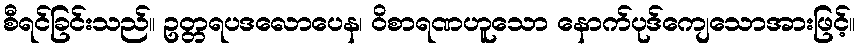
စီရင်ခြင်းသည်။ ဥတ္တရပဒလောပေန၊ ဝိစာရဏဟူသော နောက်ပုဒ်ကျေသောအားဖြင့်။